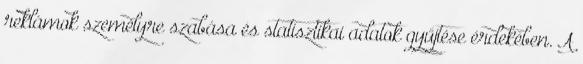
reklámok személyre szabása és statisztikai adatok gyűjtése érdekében. A